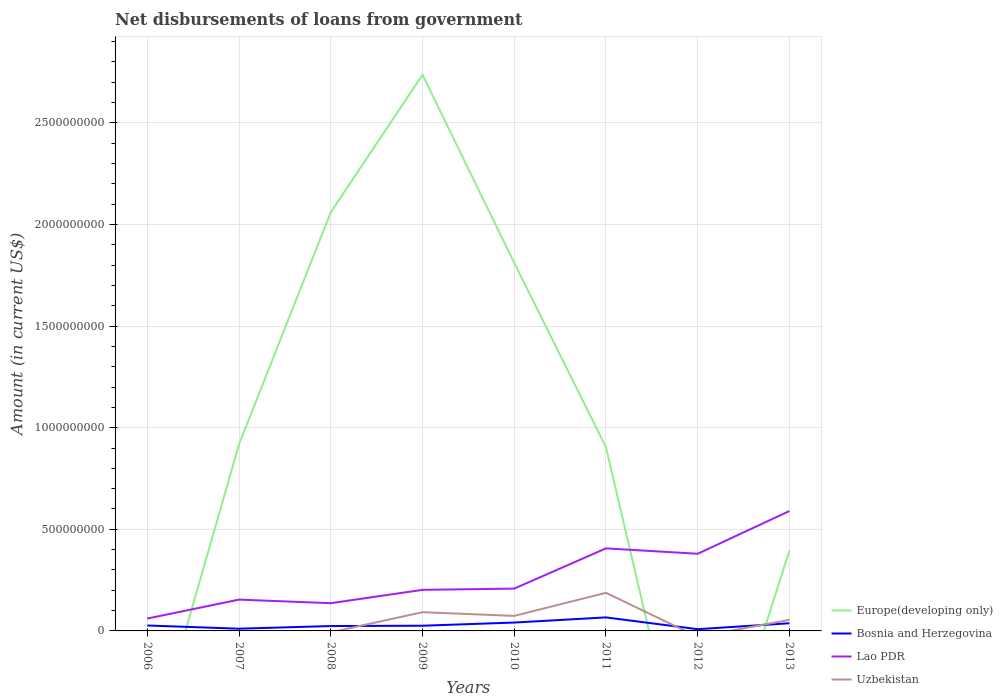
| Years | Europe(developing only) | Bosnia and Herzegovina | Lao PDR | Uzbekistan |
 | --- | --- | --- | --- | --- |
 | 2006 | -6.55e+08 | 2.67e+07 | 6.08e+07 | -1.02e+08 |
 | 2007 | 9.19e+08 | 1.09e+07 | 1.54e+08 | -3.89e+07 |
 | 2008 | 2.06e+09 | 2.4e+07 | 1.36e+08 | -6.91e+06 |
 | 2009 | 2.74e+09 | 2.56e+07 | 2.02e+08 | 9.21e+07 |
 | 2010 | 1.81e+09 | 4.12e+07 | 2.08e+08 | 7.39e+07 |
 | 2011 | 9.04e+08 | 6.65e+07 | 4.06e+08 | 1.87e+08 |
 | 2012 | -1.02e+09 | 8.51e+06 | 3.8e+08 | -2.93e+07 |
 | 2013 | 3.96e+08 | 3.77e+07 | 5.9e+08 | 5.46e+07 |